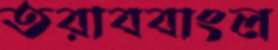
তরাববাংল